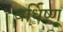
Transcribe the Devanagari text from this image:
वर्धिष्णू